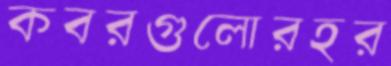
কবরগুলোরহর